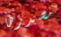
مصدرها